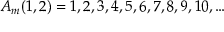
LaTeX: A _ { m } ( 1 , 2 ) = 1 , 2 , 3 , 4 , 5 , 6 , 7 , 8 , 9 , 1 0 , \ldots